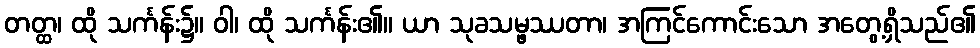
တတ္ထ၊ ထို သင်္ကန်း၌။ ဝါ၊ ထို သင်္ကန်း၏။ ယာ သုခသမ္ဖဿတာ၊ အကြင်ကောင်းသော အတွေ့ရှိသည်၏